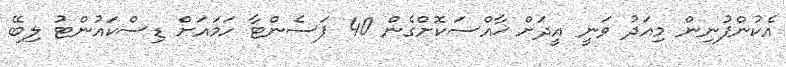
އެކުންފުނިން މިއަދު ވަނީ އީދަށް ޚާއްސަކޮށްގެން 40 ޕަސެންޓާ ހަމައަށް ޑިސްކައުންޓު ލިބޭ